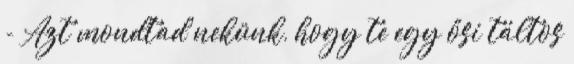
- Azt mondtad nekünk, hogy te egy ősi táltos